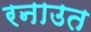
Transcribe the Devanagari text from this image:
रनाउत